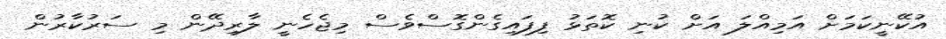
އުކޭނީކަމަށް އަމިއްލަ އަށް ކުނި ކޮތަޅު ފިފައިގެންގޮސްވެސް މިޖެހެނީ ލާރިދޭން މި ސަރުކާރުން